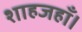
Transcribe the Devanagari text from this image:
शाहजहाँ।